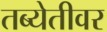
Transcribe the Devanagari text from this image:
तब्येतीवर